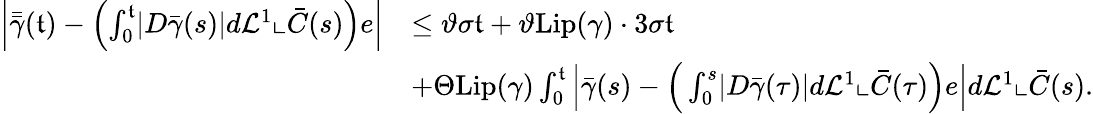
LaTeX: \begin{array}{rl}{\left|\bar{\bar{\gamma}}(\mathfrak{t})-\left(\int_{0}^{\mathfrak{t}}\lvert D{\bar{\gamma}}(s)\rvert d\mathcal{L}^{1}\llcorner\bar{C}(s)\right)e\right|}&{\leq\vartheta\sigma\mathfrak{t}+\vartheta\mathrm{Lip}(\gamma)\cdot 3\sigma\mathfrak{t}}\\ &{+\Theta\mathrm{Lip}(\gamma)\int_{0}^{\mathfrak{t}}\Big\lvert\bar{\gamma}(s)-\Big(\int_{0}^{s}\lvert D{\bar{\gamma}}(\tau)\rvert d\mathcal{L}^{1}\llcorner\bar{C}(\tau)\Big)e\Big\rvert d\mathcal{L}^{1}\llcorner\bar{C}(s).}\end{array}